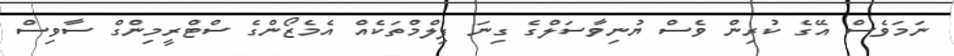
ނަމަވެސް އޭގެ ކުރިން ވެސް ޔުނިވާސަލްގެ ގިނަ ފިލްމްތަކެއް އެމެޒޯންގެ ސްޓްރީމިންގް ސާވިސް